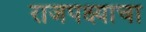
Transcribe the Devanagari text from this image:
राजपक्ष्याचा